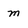
Character: m